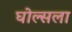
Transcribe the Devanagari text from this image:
घोल्सला